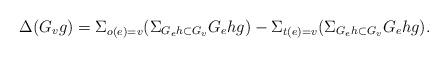
LaTeX: \begin{align*}\Delta(G_vg)=\Sigma_{o(e)=v}(\Sigma_{G_eh\subset{G_v}}G_ehg)-\Sigma_{t(e)=v}(\Sigma_{G_eh\subset{G_v}}G_ehg).\end{align*}